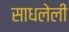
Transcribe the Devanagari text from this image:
साधलेली